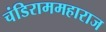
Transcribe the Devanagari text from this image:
चंडिराममहाराज